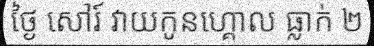
ថ្ងៃ សៅរ៍ វាយកូនហ្គោល ធ្លាក់ ២